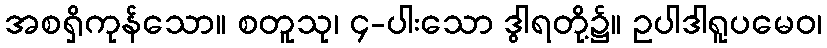
အစရှိကုန်သော။ စတူသု၊ ၄-ပါးသော ဒွါရတို့၌။ ဥပါဒါရူပမေဝ၊